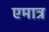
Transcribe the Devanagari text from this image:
एमात्र